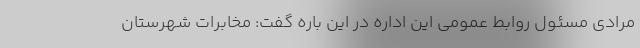
مرادی مسئول روابط عمومی این اداره در این باره گفت: مخابرات شهرستان